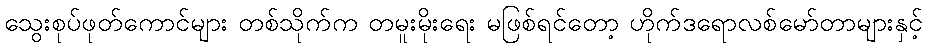
သွေးစုပ်ဖုတ်ကောင်များ တစ်သိုက်က တမူးမိုးရေး မဖြစ်ရင်တော့ ဟိုက်ဒရောလစ်မော်တာများနှင့်